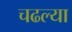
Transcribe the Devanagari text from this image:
चढल्या